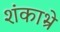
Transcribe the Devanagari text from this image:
शंकाभ्रे